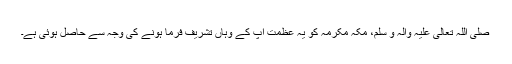
صَلَّی اللّٰہُ تَعَالٰی عَلَیْہِ وَاٰلِہ وَ سَلَّمَ، مکہ مکرمہ کو یہ عظمت آپ کے وہاں تشریف فرما ہونے کی وجہ سے حاصل ہوئی ہے۔